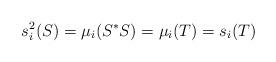
LaTeX: \begin{align*} s_i^2(S) = \mu_i(S^*S)=\mu_i(T)=s_i(T)\end{align*}